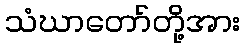
သံဃာတော်တို့အား